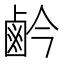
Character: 鹶